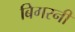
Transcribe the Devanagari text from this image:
बिगरनी